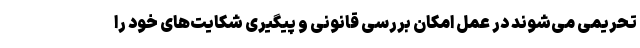
تحریمی می‌شوند در عمل امکان بررسی قانونی و پیگیری شکایت‌های خود را